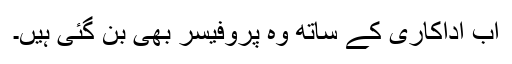
اب اداکاری کے ساتھ وہ پروفیسر بھی بن گئی ہیں۔